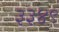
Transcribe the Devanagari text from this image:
३३४९